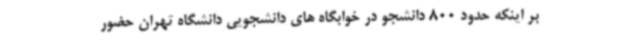
بر اینکه حدود 800 دانشجو در خوابگاه های دانشجویی دانشگاه تهران حضور